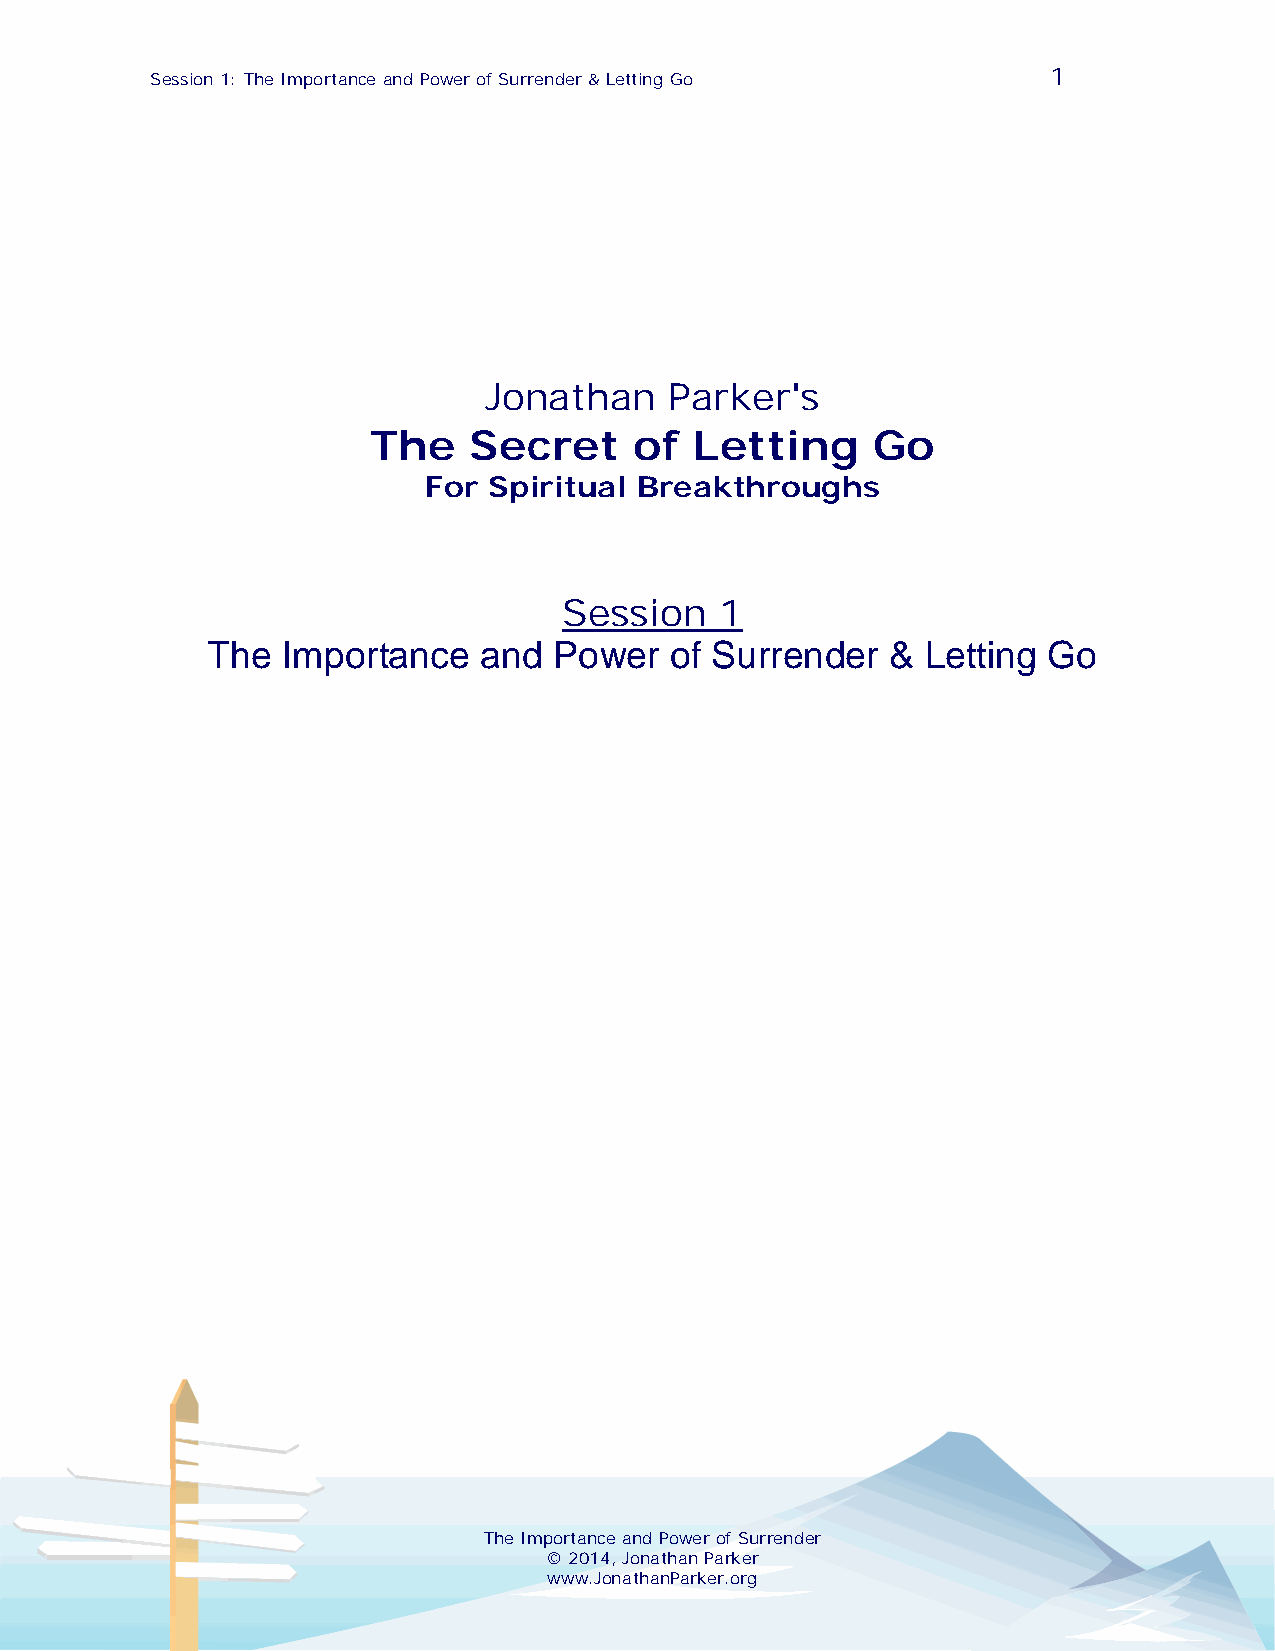
1
 Session 1: The Importance and Power of Surrender & Letting Go
 Jonathan    Parker's
 The    Secret     of  Letting     Go
 For Spiritual Breakthroughs
 Session    1
 The  Importance   and  Power  of Surrender   & Letting Go
 The Importance and Power of Surrender
 © 2014, Jonathan Parker
 www.JonathanParker.org